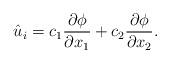
LaTeX: \begin{align*}\hat{u}_i=c_1\frac{\partial \phi}{\partial x_1}+c_2\frac{\partial \phi}{\partial x_2}.\end{align*}